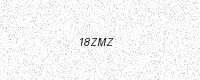
Text: 18ZMZ